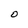
Character: O